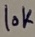
Text: 10K